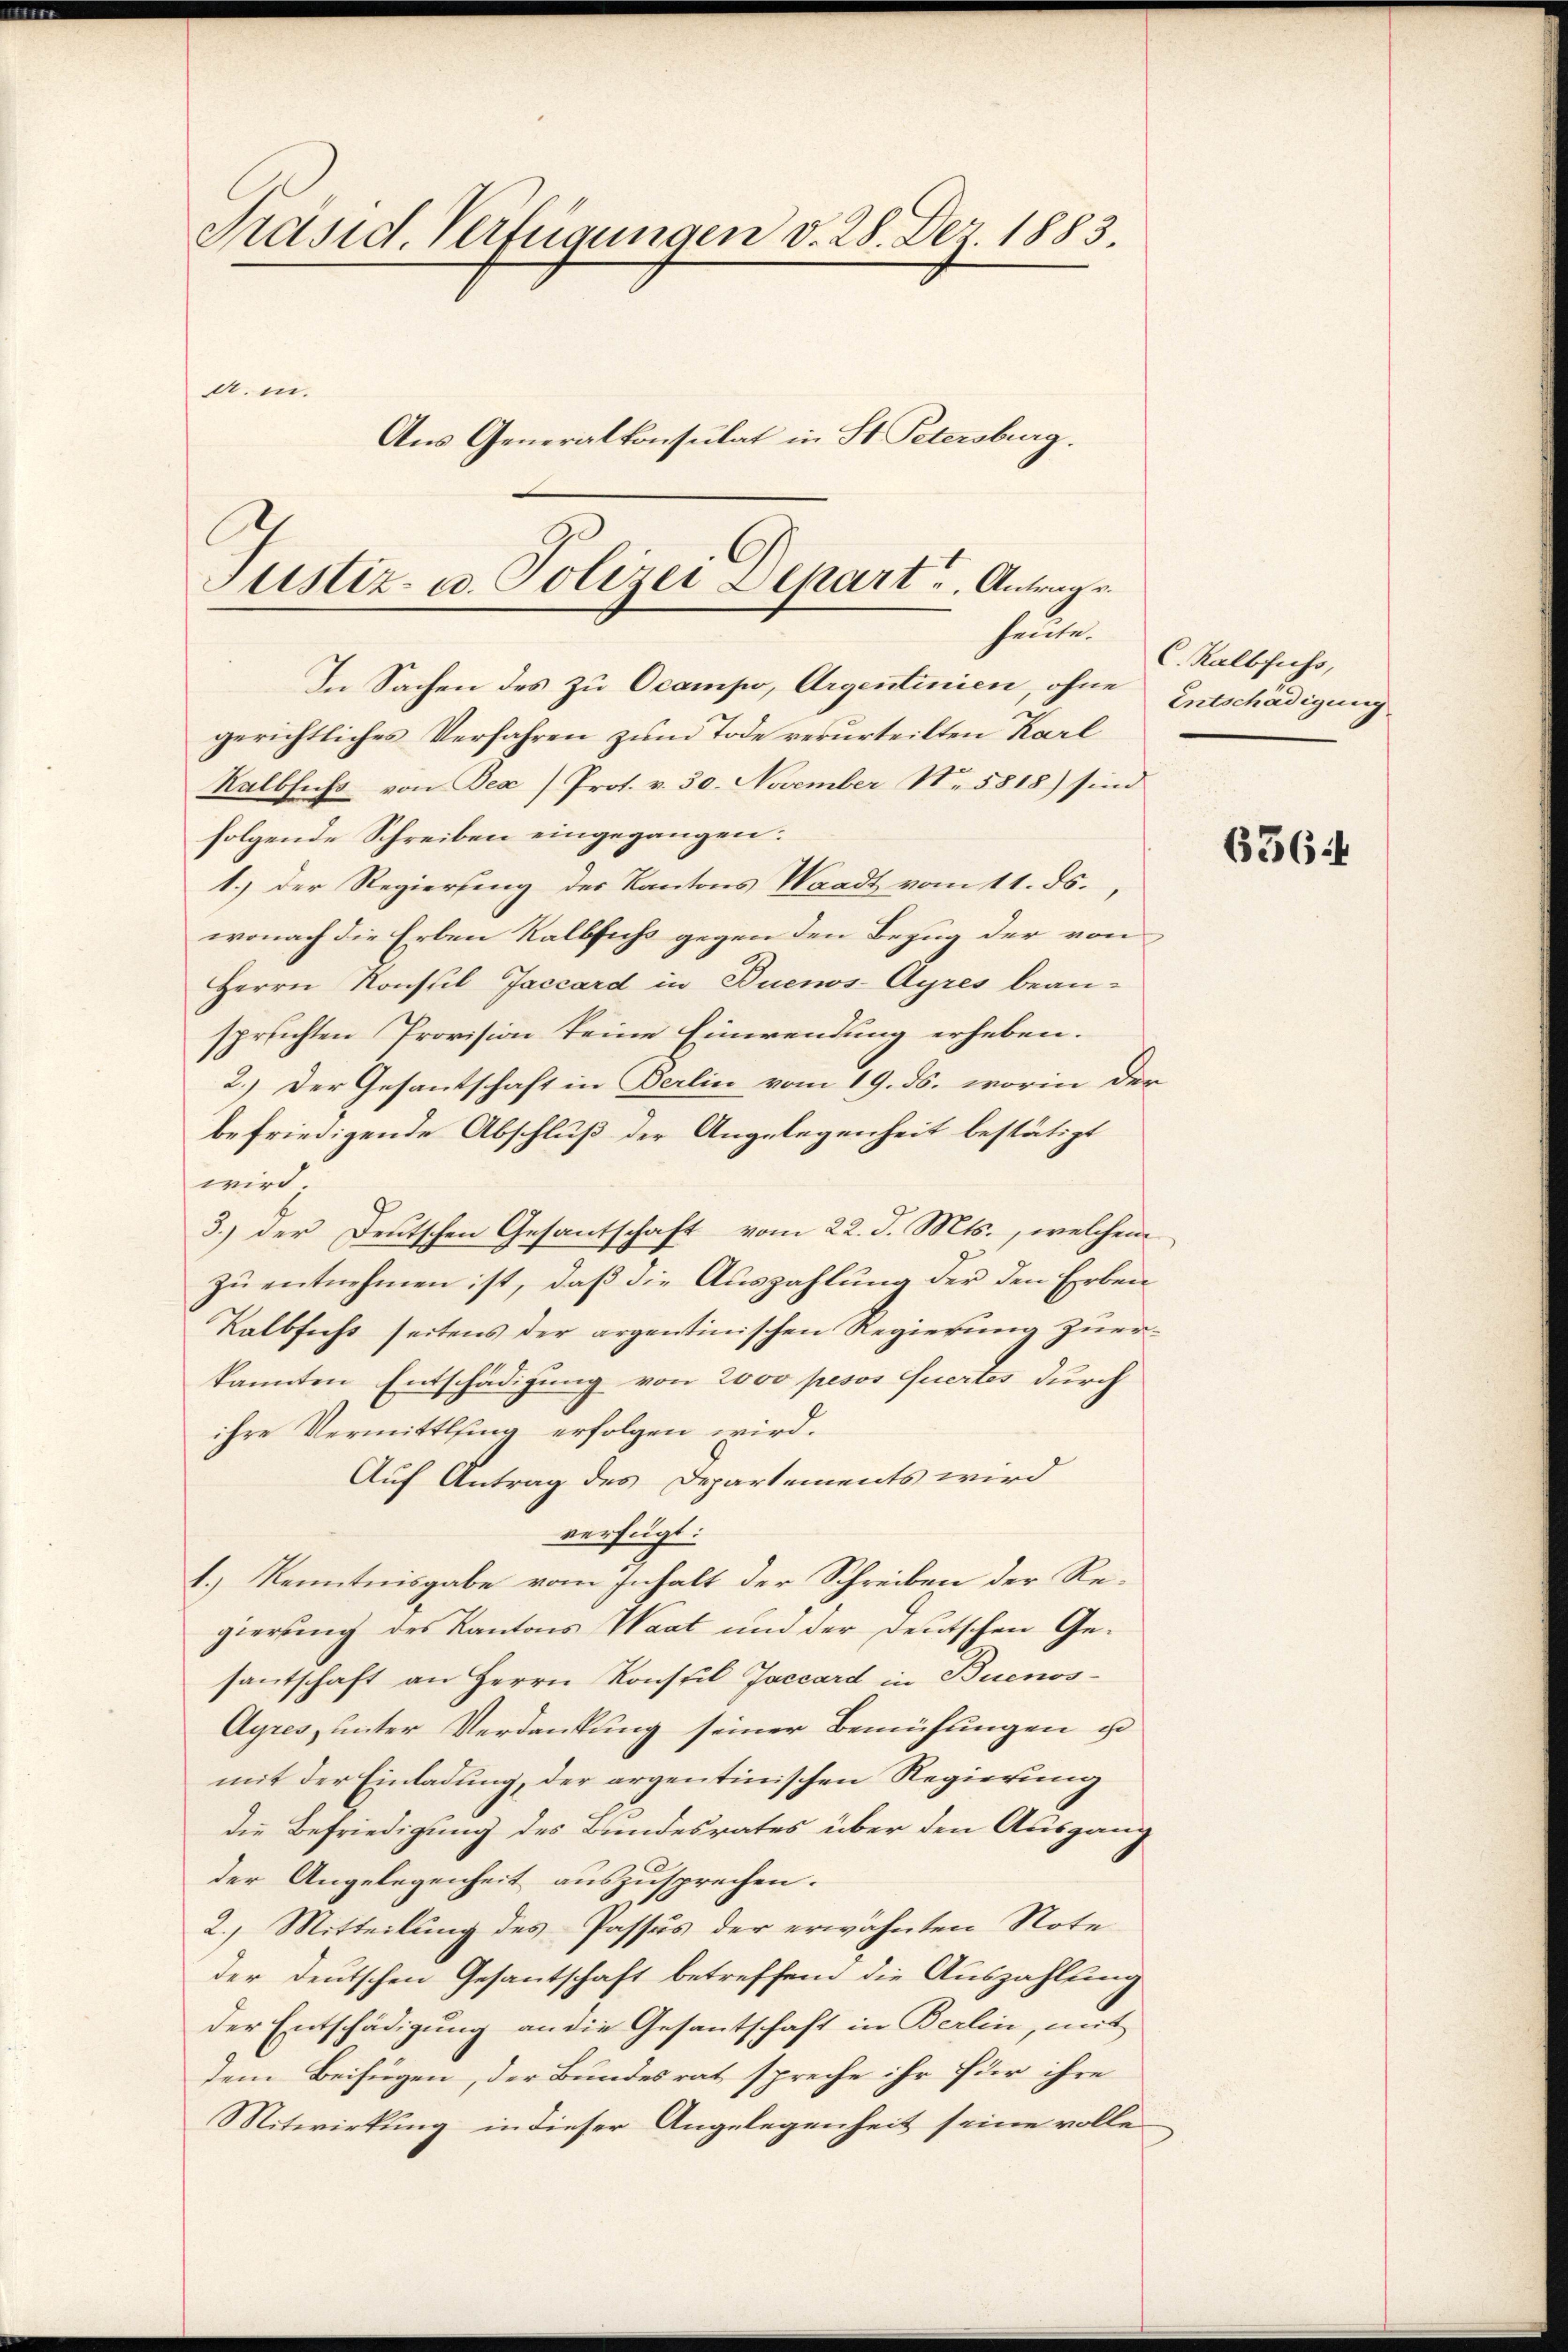
Präsid. Verfügungen v. 28. Der 1883.
a. in.
Aus Generalkonsulat in St. Petersburg.

Justiz- u. Polizei Depart u. Antrage
heute.

In Sachen des zu Ocampo, Argentinien, ohne Entschädigung
gerichtliches Verfahren zum Tode verurteilten Karl
Kalbfuss von Bex /Prot. v. 30. November No. 5818) sind
folgende Schreiben eingegangen:
1.) Der Regierung des Kantons Waadt vom 11. ds.
wonach die Erben Kalbfuchs gegen den Bezug der von
Herrn Konstil Jaccard in Buenos-Ayres bean-
sprichten Provision keine Einwendung erheben.
2.) Der Gesantschaft in Berlin vom 19. ds. worin der
befriedigende Abschluß der Angelegenheit bestätigt
wird
3.) Der Deutschen Gesantschaft vom 22. d. Mts., welchem
zu entnehmen ist, daß die Auszahlung der den Erben
Kalbfecht seitens der argentinischen Regierung zuerkannten Entschädigung von 2000 pesos Quertes durch
ihre Vermittling erfolgen wird.
Auf Antrag des Departements wird
verfügt:
1.) Kenntnisgabe vom Inhalt der Schreiben der Regierung des Kantons Waat und der deutschen Gesantschaft an Herrn Konstil Jaccard in Buenos¬
Ayres, unter Verdankung seiner Bemühungen u
mit der Einladung, der argentinischen Regierung
die Befriedigung des Bundesrates über den Ausgang
der Angelegenheit auszusprechen.
2.) Mitteilung des Passus der erwähnten Note
der deutschen Gesantschaft betreffend die Auszahlung
der Entschädigung an die Gesantschaft in Berlin, mit
dem Beifügen, der Bundesrat spreche ihr für ihre
Mitwirkung in dieser Angelegenheit seine volle

C. Kalbfuss,

6364